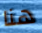
هنا